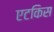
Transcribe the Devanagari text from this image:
एटकिस